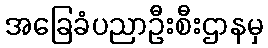
အခြေခံပညာဦးစီးဌာနမှ